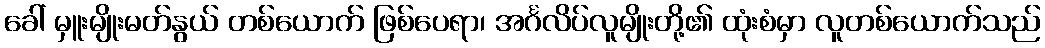
ခေါ် မှူးမျိုးမတ်နွယ် တစ်ယောက် ဖြစ်ပေရာ၊ အင်္ဂလိပ်လူမျိုးတို့၏ ထုံးစံမှာ လူတစ်ယောက်သည်